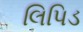
લિપિડ